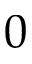
0